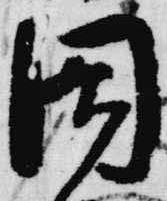
閤